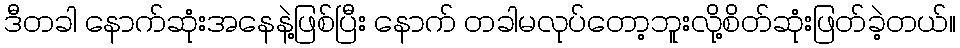
ဒီတခါ နောက်ဆုံးအနေနဲ့ဖြစ်ပြီး နောက် တခါမလုပ်တော့ဘူးလို့စိတ်ဆုံးဖြတ်ခဲ့တယ်။